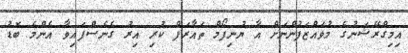
އިމިގްރޭޝަނުގެ މުވައްޒަފުންނަށް އާ ޔުނިފޯމް ތައާރަފް ކުރި އިރު ގެނެސްފައިވާ އެންމެ ބޮޑު